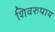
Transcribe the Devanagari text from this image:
शिवरुपाय